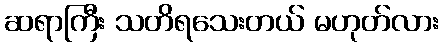
ဆရာကြီး သတိရသေးတယ် မဟုတ်လား